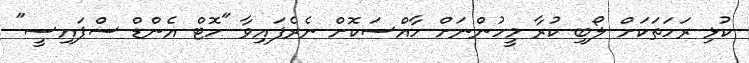
ކުޅި ރަހަތަކަށް ލޯބި ކުރާ މީހުންނަށް ހާއްސަކޮށް ނެރެފައިވާ "ހޮޓް އެންޑް ސްޕައިސީ"